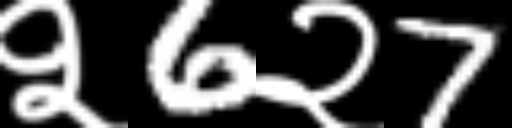
Text: २6२7